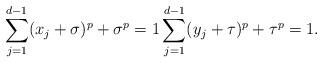
LaTeX: \begin{align*} \sum_{j=1}^{d-1} (x_j+\sigma)^p + \sigma^p = 1 \sum_{j=1}^{d-1} (y_j+\tau)^p + \tau^p = 1.\end{align*}